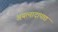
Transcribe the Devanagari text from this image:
अयत्नादापाद्य